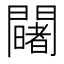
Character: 𨷄